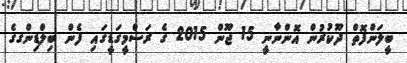
ބީލަންފޮތް ދޫކުރުން އޮންނާނީ 15 ޖޫން 2015 ގެ ރަސްމީގަޑީގައި ފެން ބިލްޑިންގގެ